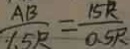
\frac { A B } { 1 . 5 R } = \frac { 1 5 R } { 0 . 5 R }